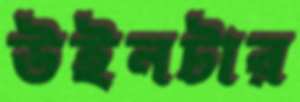
উইনটার